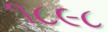
૧૮૯૮